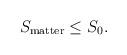
LaTeX: \begin{align*}S_{\rm matter}\leq S_0.\end{align*}